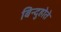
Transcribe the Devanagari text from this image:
बिन्दुहोते